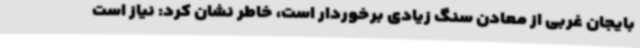
بایجان غربی از معادن سنگ زیادی برخوردار است، خاطر نشان کرد: نیاز است